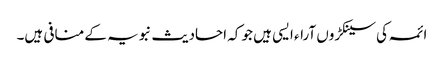
ائمہ کی سینکڑوں آراء ایسی ہیں جو کہ احادیث نبویہ کے منافی ہیں۔